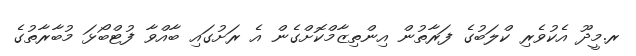
ރ.މީދޫ އެކުވެރި ކްލަބުގެ ފަރާތުން އިންތިޒާމްކޮށްގެން އެ ރަށުގައި ބާއްވާ ފުޓްބޯޅަ މުބާރާތުގެ